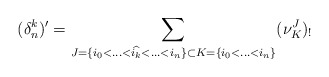
\begin{align*}(\delta_n^k)'= \sum_{J=\{i_0<\hdots<\widehat{i_k}<\hdots<i_n\} \subset K=\{i_0<\hdots<i_n\} }(\nu_{K}^J)_!\end{align*}